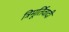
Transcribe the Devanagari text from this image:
त्रिमूर्तिवादी